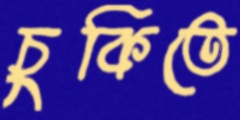
চুকিতে